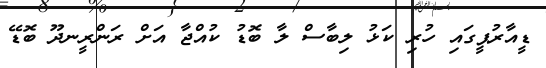
ޑީއާރުޕީގައި ހުރި ކަޅު ލިބާސް ލާ ބޮޑު ކުއްޖާ އަށް ރަންރީނދޫ ބޮޑޭ